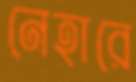
নেহারে